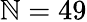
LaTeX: \mathbb{N}=49